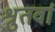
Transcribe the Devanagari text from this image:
श्रुतर्वा